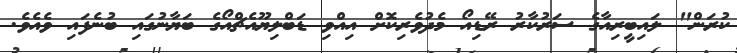
ކުރަން" ލައިބީރިއާގެ ސަރުކާރު ރޭޑިއޯ މެދުވެރިކޮށް އިއްވި ޑަބްލިޔޫއެޗްއޯގެ ބަޔާނުގައި ބުނެފައި ވެއެވެ.